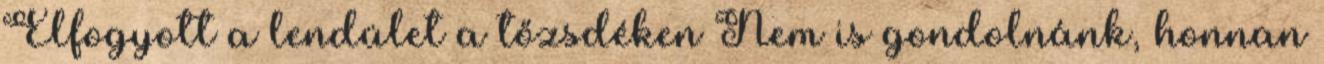
Elfogyott a lendület a tőzsdéken Nem is gondolnánk, honnan